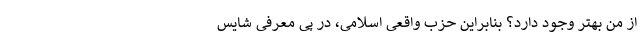
از من بهتر وجود دارد؟ بنابراین حزب واقعی اسلامی، در پی معرفی شایس